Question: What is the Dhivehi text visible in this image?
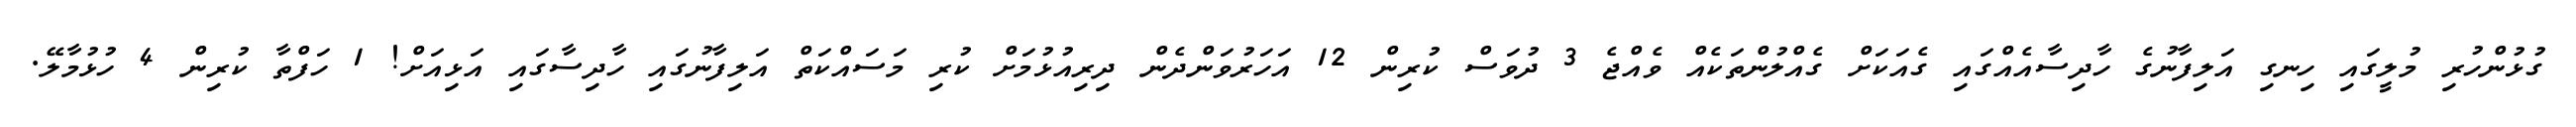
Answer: ގުޅުންހުރި މުލީގައި ހިނގި އަލިފާނުގެ ހާދިސާއެއްގައި ގެއަކަށް ގެއްލުންތަކެއް ވެއްޖެ 3 ދުވަސް ކުރިން 12 އަހަރުވަންދެން ދިރިއުޅުމަށް ކުރި މަސައްކަތް އަލިފާނުގައި ހާދިސާގައި އަޅިއަށް! 1 ހަފްތާ ކުރިން 4 ހުޅުމާލޭ.